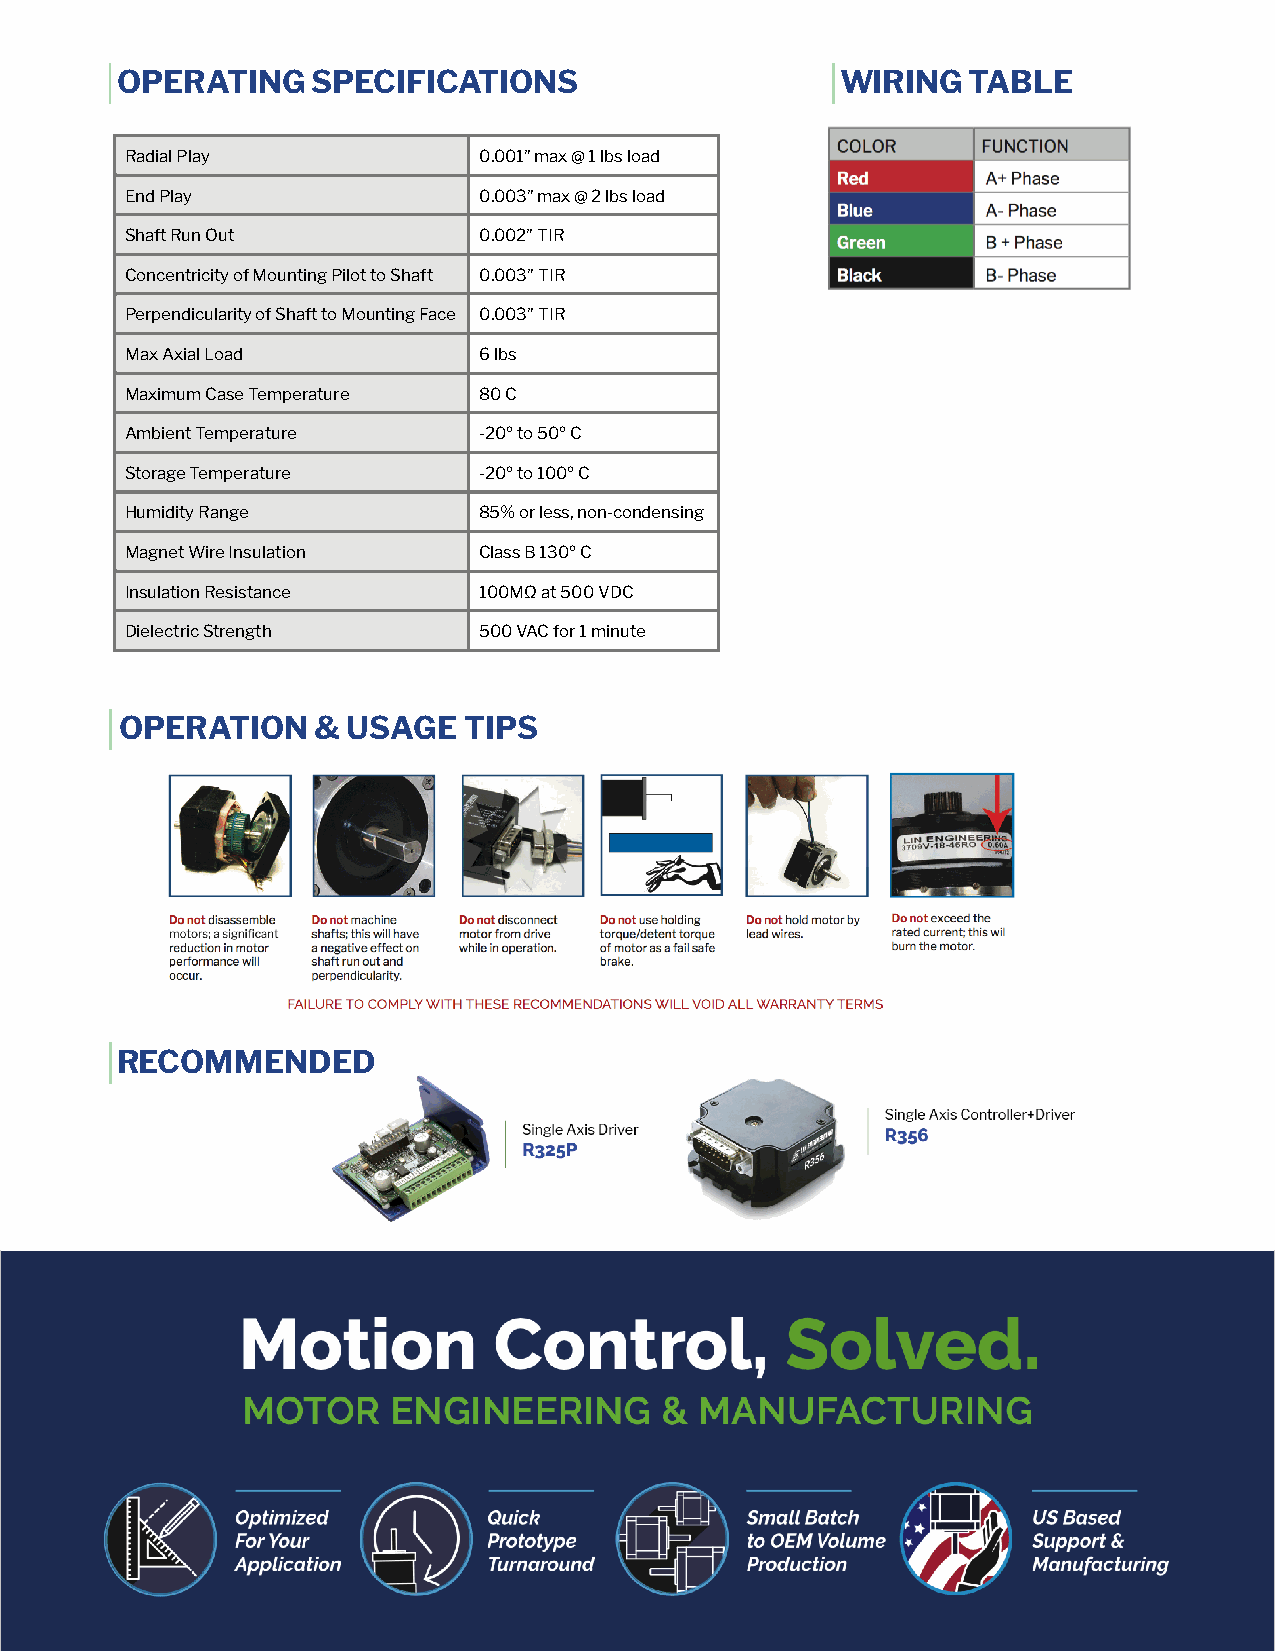
OPERATING    SPECIFICATIONS                     WIRING  TABLE
 Radial Play             0.001” max @ 1 lbs load
 End Play                0.003” max @ 2 lbs load
 Shaft Run Out           0.002” TIR
 Concentricity of Mounting Pilot to Shaft 0.003” TIR
 Perpendicularity of Shaft to Mounting Face 0.003” TIR
 Max Axial Load          6 lbs
 Maximum Case Temperature 80 C
 Ambient Temperature     -20º to 50º C
 Storage Temperature     -20º to 100º C
 Humidity Range          85% or less, non-condensing
 Magnet Wire Insulation  Class B 130º C
 Insulation Resistance   100MΩ at 500 VDC
 Dielectric Strength     500 VAC for 1 minute
 OPERATION    & USAGE   TIPS
 RECOMMENDED